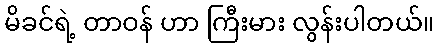
မိခင်ရဲ့ တာဝန် ဟာ ကြီးမား လွန်းပါတယ်။